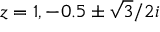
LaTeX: z = 1 , - 0 . 5 \pm { \sqrt { 3 } } / 2 i